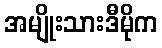
အမျိုးသားဒီမိုက